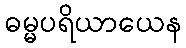
ဓမ္မပရိယာယေန